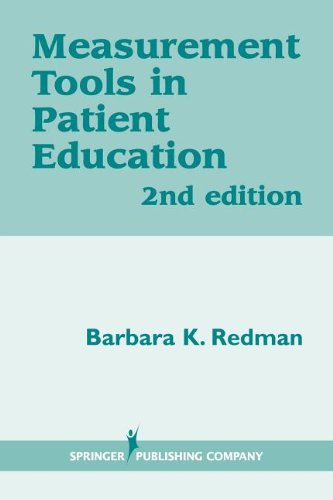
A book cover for Measurement Tools in Patient Education, Second Edition; Barbara K. Redman PhD  RN  FAAN; Medical Books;